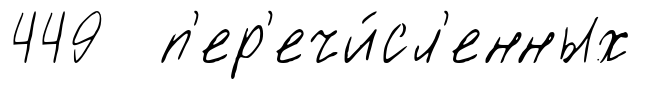
449 п'ер'ечи́сл'енных